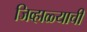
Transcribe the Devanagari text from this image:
जिव्हाळ्याची